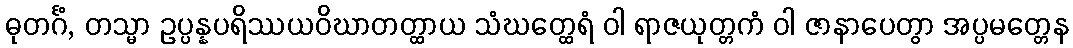
ဓုတင်္ဂံ, တသ္မာ ဥပ္ပန္နပရိဿယဝိဃာတတ္ထာယ သံဃတ္ထေရံ ဝါ ရာဇယုတ္တကံ ဝါ ဇာနာပေတွာ အပ္ပမတ္တေန